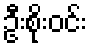
ဦးစိုးဝင်း